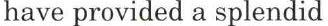
have provided a splendid